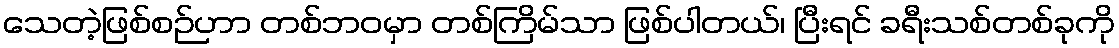
သေတဲ့ဖြစ်စဉ်ဟာ တစ်ဘဝမှာ တစ်ကြိမ်သာ ဖြစ်ပါတယ်၊ ပြီးရင် ခရီးသစ်တစ်ခုကို